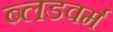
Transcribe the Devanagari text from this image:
ब्लडवर्म